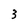
Character: 3